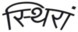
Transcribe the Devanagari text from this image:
स्थिरां